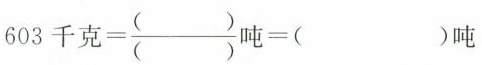
$$6 0 3 千 克 = \frac { ( ) } { ( ) } = ( ) 吨$$